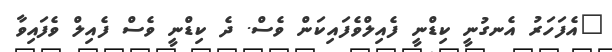
"އެފަހަރު އެނގުނީ ކިޑްނީ ފެއިލްވެފައިކަން ވެސް. ދެ ކިޑްނީ ވެސް ފެއިލް ވެފައިވާ